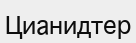
Цианидтер